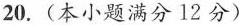
20.(本小题满分12分)